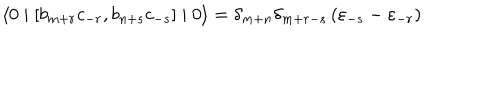
LaTeX: \langle 0 \mid \left[ b _ { m + r } c _ { - r } , b _ { n + s } c _ { - s } \right] \mid 0 \rangle = { \delta } _ { m + n } { \delta } _ { m + r - s } \left( { \varepsilon } _ { - s } - { \varepsilon } _ { - r } \right)